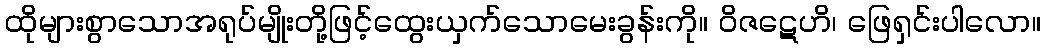
ထိုများစွာသောအရုပ်မျိုးတို့ဖြင့်ထွေးယှက်သောမေးခွန်းကို။ ဝိဇဋေဟိ၊ ဖြေရှင်းပါလော။